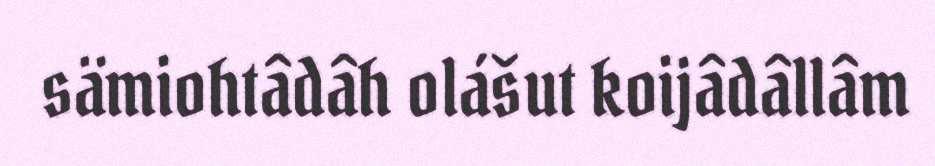
sämiohtâdâh olášut koijâdâllâm